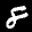
Label: 8